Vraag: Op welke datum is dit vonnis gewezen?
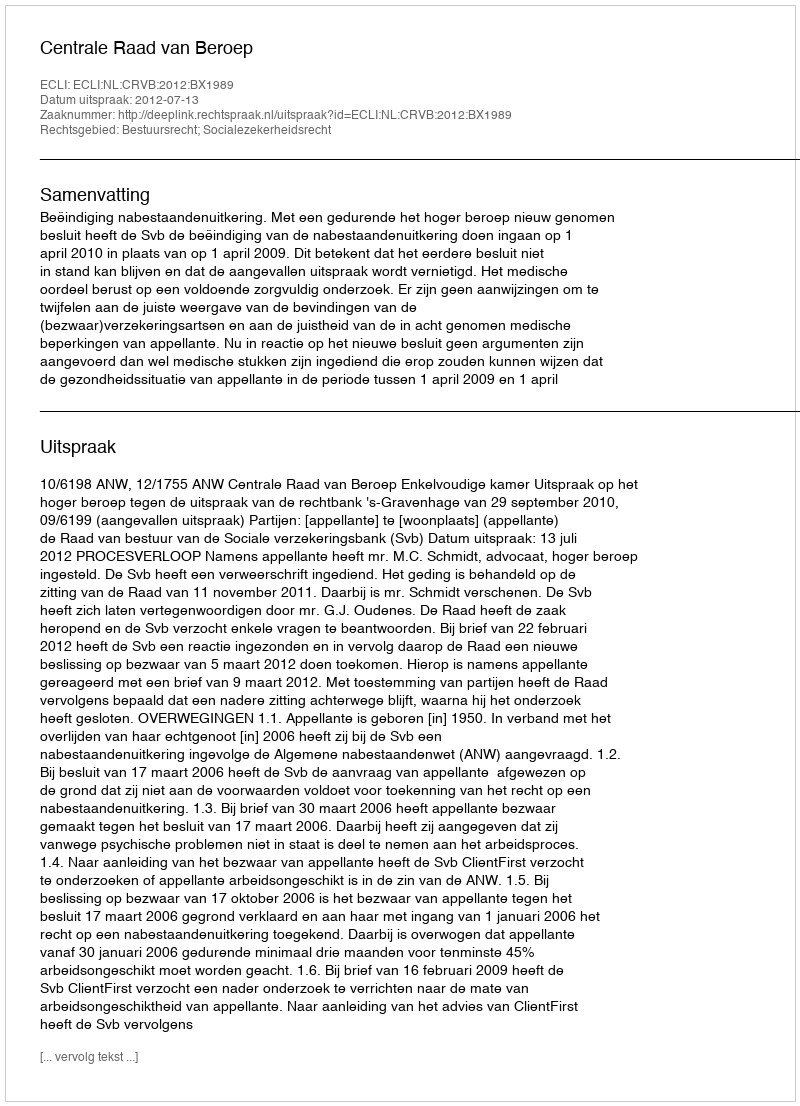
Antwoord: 2012-07-13